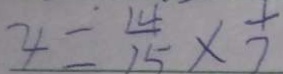
4 = \frac { 1 4 } { 1 5 } \times \frac { 1 } { 7 }